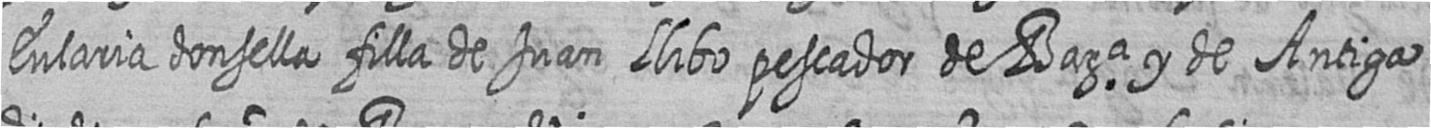
Eularia donsella filla de Juan Llibo pescador de Bara y de Antiga